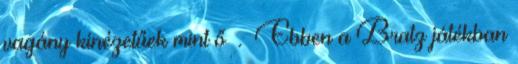
vagány kinézetűek mint ő . Ebben a Bratz játékban